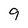
Character: 9